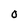
Character: 0